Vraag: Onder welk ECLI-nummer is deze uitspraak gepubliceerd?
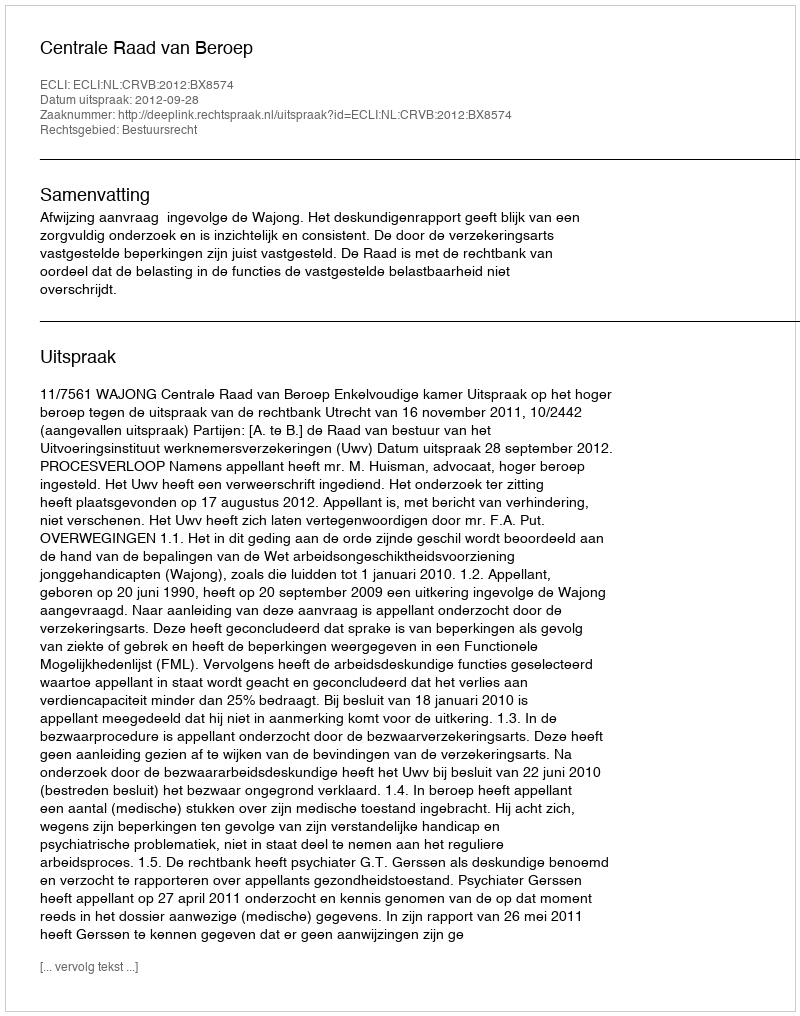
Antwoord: ECLI:NL:CRVB:2012:BX8574